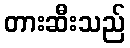
တားဆီးသည်